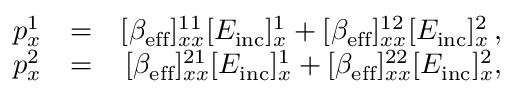
\begin{array} { r l r } { p _ { x } ^ { 1 } } & { = } & { [ \beta _ { \mathrm { e f f } } ] _ { x x } ^ { 1 1 } [ E _ { \mathrm { i n c } } ] _ { x } ^ { 1 } + [ \beta _ { \mathrm { e f f } } ] _ { x x } ^ { 1 2 } [ E _ { \mathrm { i n c } } ] _ { x } ^ { 2 } \, , } \\ { p _ { x } ^ { 2 } } & { = } & { [ \beta _ { \mathrm { e f f } } ] _ { x x } ^ { 2 1 } [ E _ { \mathrm { i n c } } ] _ { x } ^ { 1 } + [ \beta _ { \mathrm { e f f } } ] _ { x x } ^ { 2 2 } [ E _ { \mathrm { i n c } } ] _ { x } ^ { 2 } , } \end{array}